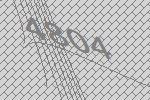
4804